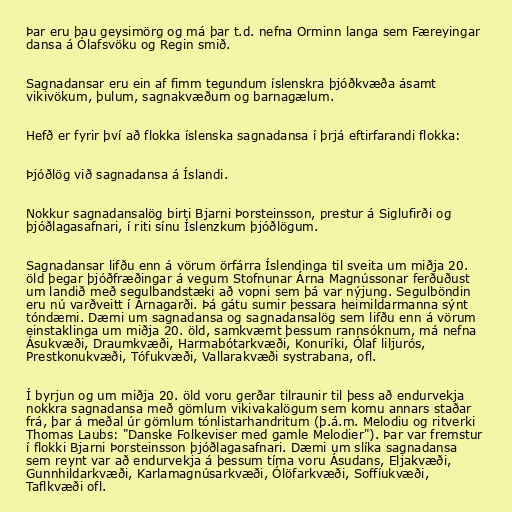
Þar eru þau geysimörg og má þar t.d. nefna Orminn langa sem Færeyingar
dansa á Ólafsvöku og Regin smið.

Sagnadansar eru ein af fimm tegundum íslenskra þjóðkvæða ásamt
vikivökum, þulum, sagnakvæðum og barnagælum.

Hefð er fyrir því að flokka íslenska sagnadansa í þrjá eftirfarandi flokka:

Þjóðlög við sagnadansa á Íslandi.

Nokkur sagnadansalög birti Bjarni Þorsteinsson, prestur á Siglufirði og
þjóðlagasafnari, í riti sínu Íslenzkum þjóðlögum.

Sagnadansar lifðu enn á vörum örfárra Íslendinga til sveita um miðja 20.
öld þegar þjóðfræðingar á vegum Stofnunar Árna Magnússonar ferðuðust
um landið með segulbandstæki að vopni sem þá var nýjung. Segulböndin
eru nú varðveitt í Árnagarði. Þá gátu sumir þessara heimildarmanna sýnt
tóndæmi. Dæmi um sagnadansa og sagnadansalög sem lifðu enn á vörum
einstaklinga um miðja 20. öld, samkvæmt þessum rannsóknum, má nefna
Ásukvæði, Draumkvæði, Harmabótarkvæði, Konuríki, Ólaf liljurós,
Prestkonukvæði, Tófukvæði, Vallarakvæði systrabana, ofl.

Í byrjun og um miðja 20. öld voru gerðar tilraunir til þess að endurvekja
nokkra sagnadansa með gömlum vikivakalögum sem komu annars staðar
frá, þar á meðal úr gömlum tónlistarhandritum (þ.á.m. Melodiu og ritverki
Thomas Laubs: "Danske Folkeviser med gamle Melodier"). Þar var fremstur
í flokki Bjarni Þorsteinsson þjóðlagasafnari. Dæmi um slíka sagnadansa
sem reynt var að endurvekja á þessum tíma voru Ásudans, Eljakvæði,
Gunnhildarkvæði, Karlamagnúsarkvæði, Ólöfarkvæði, Soffíukvæði,
Taflkvæði ofl.